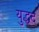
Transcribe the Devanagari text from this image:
युद्धद